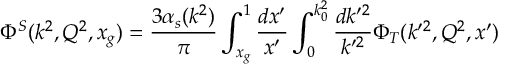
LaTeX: \Phi ^ { S } ( k ^ { 2 } , Q ^ { 2 } , x _ { g } ) = { \frac { 3 \alpha _ { s } ( k ^ { 2 } ) } { \pi } } \int _ { x _ { g } } ^ { 1 } { \frac { d x ^ { \prime } } { x ^ { \prime } } } \int _ { 0 } ^ { k _ { 0 } ^ { 2 } } { \frac { d k ^ { \prime 2 } } { k ^ { \prime 2 } } } \Phi _ { T } ( k ^ { \prime 2 } , Q ^ { 2 } , x ^ { \prime } )